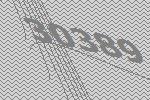
30389